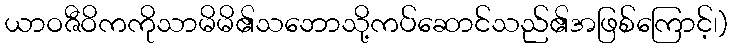
ယာဝဇီဝိကကိုသာမိမိ၏သဘောသို့ကပ်ဆောင်သည်၏အဖြစ်ကြောင့်၊)